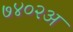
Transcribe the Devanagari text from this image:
७४०२अ